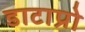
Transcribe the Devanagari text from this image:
डाटाप्रो